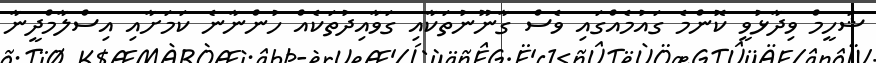
ޝަހީމް ވިދާޅުވީ ކޮންމެ ގައުމެއްގައި ވެސް ގާނޫނުތަކާއި ގަވާއިދުތަކެއް ހުންނާނެ ކަމަށާއި އިސްލާމްދީނާ